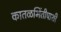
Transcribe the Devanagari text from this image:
कातळभिंतीपाशी